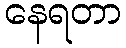
နေရတာ